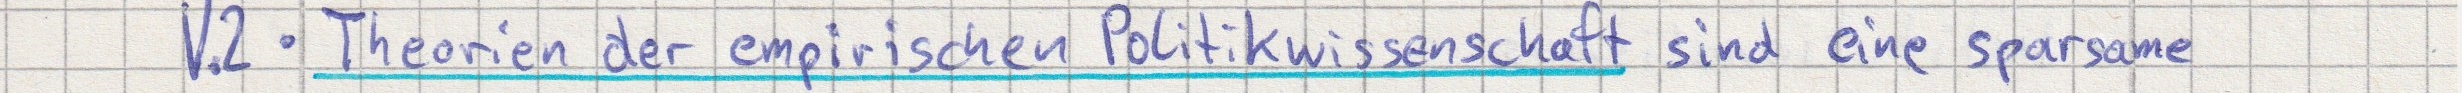
V.2 - Theorien der empirischen Politikwissenschaft sind eine sparsame